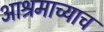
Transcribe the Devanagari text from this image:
आश्रमाच्याच